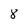
Character: 8